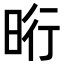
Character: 𣆯